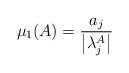
\begin{align*} \mu_1(A)=\frac{a_j}{\left|\lambda_j^A\right|}\end{align*}